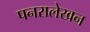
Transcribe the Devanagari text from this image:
पनरालेखन